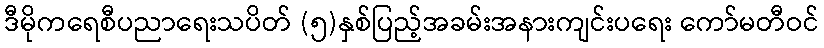
ဒီမိုကရေစီပညာရေးသပိတ် (၅)နှစ်ပြည့်အခမ်းအနားကျင်းပရေး ကော်မတီဝင်